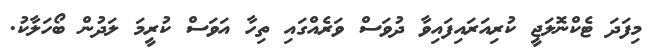
މިފަދަ ޓެކްނޮލަޖީ ކުރިއަރައިފައިވާ ދުވަސް ވަރެއްގައި ތިހާ އަވަސް ކުރީމަ ލަދުން ބޯހަލާކު.